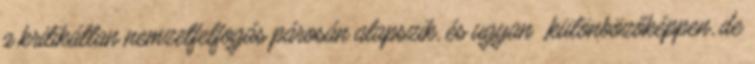
a kritikátlan nemzetfelfogás párosán alapszik, és ugyan „különbözőképpen, de